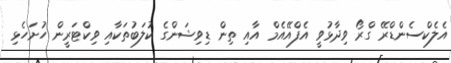
އެލެކްސެންޑްރޭ ގްރޯ ވިދާޅުވީ އެފްއޭއެމް އާއި ތިން ޑިވިޝަންގެ ކުލަބުތަކާއި ވިކްޓަރީން ހުށަހެޅި